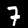
Digit: 7